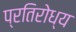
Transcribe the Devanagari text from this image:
प्रतिरोध्य